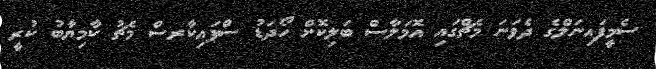
ސެމީފައިނަލްގެ ދެވަނަ މެޗްގައި އޮމަލާސް ބަލިކޮށް ހޯދަޑު ސްޕައިކާރސް މެޗު ކާމިޔާބު ކުރީ